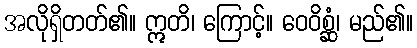
အလိုရှိတတ်၏။ ဣတိ၊ ကြောင့်။ ဝေဝိစ္ဆံ၊ မည်၏။